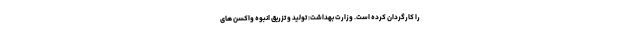
را کارگردان کرده است. وزارت بهداشت: تولید و تزریق انبوه واکسن های